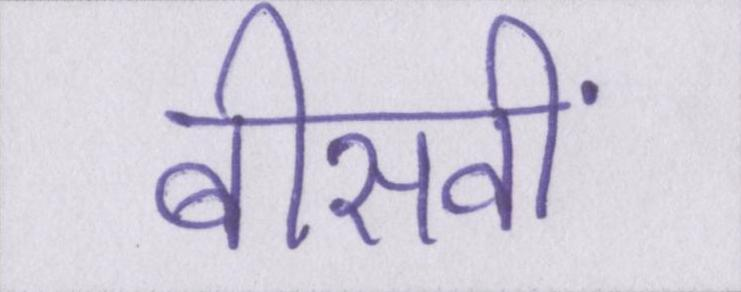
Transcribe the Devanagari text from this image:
बीसवीं